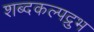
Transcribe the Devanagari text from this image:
शब्दकल्पद्रुभ